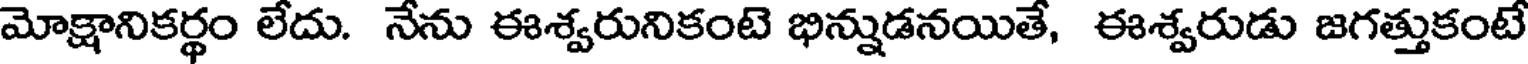
మోక్షానికర్థం లేదు. నేను ఈశ్వరునికంటె భిన్నుడనయితే, ఈశ్వరుడు జగత్తుకంటే